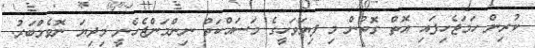
ކުރިން ހަމަޖެހިފައި އޮތް ގޮތުން މި ފިޔަވަހީގެ މަސައްކަތް ނިންމަންޖެހެނީ މިދިޔަ ނޮވެމްބަރު